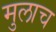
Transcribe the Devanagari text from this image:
मुलाच